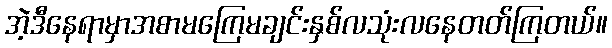
အဲ့ဒီနေရာမှာအစာမကြေမချင်းနှစ်လသုံးလနေတတ်ကြတယ်။